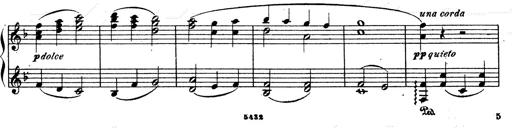
Title: Ave Maria d' Arcadelt
Composer: Franz Liszt